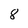
Character: 8